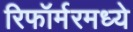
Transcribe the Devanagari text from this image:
रिफॉर्मरमध्ये